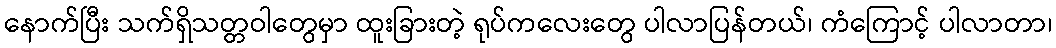
နောက်ပြီး သက်ရှိသတ္တဝါတွေမှာ ထူးခြားတဲ့ ရုပ်ကလေးတွေ ပါလာပြန်တယ်၊ ကံကြောင့် ပါလာတာ၊